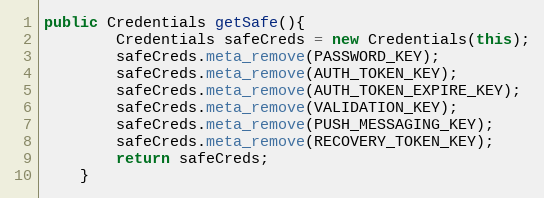
Language: Java
public Credentials getSafe(){
        Credentials safeCreds = new Credentials(this);
        safeCreds.meta_remove(PASSWORD_KEY);
        safeCreds.meta_remove(AUTH_TOKEN_KEY);
        safeCreds.meta_remove(AUTH_TOKEN_EXPIRE_KEY);
        safeCreds.meta_remove(VALIDATION_KEY);
        safeCreds.meta_remove(PUSH_MESSAGING_KEY);
        safeCreds.meta_remove(RECOVERY_TOKEN_KEY);
        return safeCreds;
    }